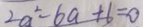
2 a ^ { 2 } - 6 a + 6 = 0